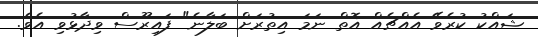
ޝައްކު ކުރެވޭ އެއްޗެއް އޮތް ނަމަ އިތުރަށް ބަލާނެ" ފައިރޫސް ވިދާޅުވި އެވެ.